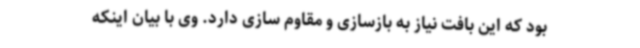
بود که این بافت نیاز به بازسازی و مقاوم سازی دارد. وی با بیان اینکه